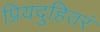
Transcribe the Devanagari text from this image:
प्रियदुहितरं